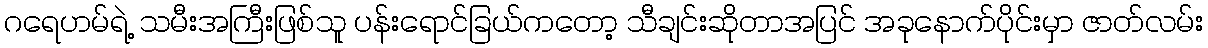
ဂရေဟမ်ရဲ့ သမီးအကြီးဖြစ်သူ ပန်းရောင်ခြယ်ကတော့ သီချင်းဆိုတာအပြင် အခုနောက်ပိုင်းမှာ ဇာတ်လမ်း